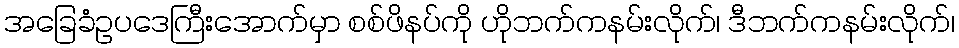
အခြေခံဥပဒေကြီးအောက်မှာ စစ်ဖိနပ်ကို ဟိုဘက်ကနမ်းလိုက်၊ ဒီဘက်ကနမ်းလိုက်၊